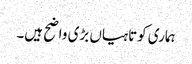
ہماری کوتاہیاں بڑی واضح ہیں۔